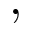
,